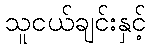
သူငယ်ချင်းနှင့်